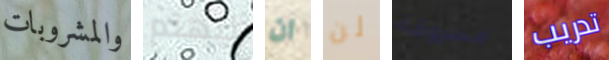
والمشروبات ليهتم ان لن مسروقة تدريب